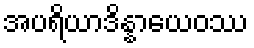
အပရိယာဒိန္နာယေဝဿ